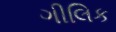
ગીલિક